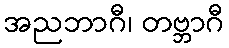
အညဘာဂီ၊ တဗ္ဘာဂီ